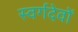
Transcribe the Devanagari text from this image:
स्वर्गदेवों